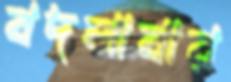
বদলাবার